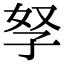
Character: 孥